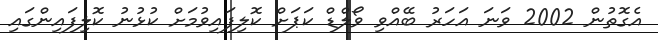
އެގޮތުން 2002 ވަނަ އަހަރު ބޭއްވި ވޯލްޑް ކަޕަށް ކޮލިފައިވުމަށް ކުޅުނު ކޮލިފައިންގައި